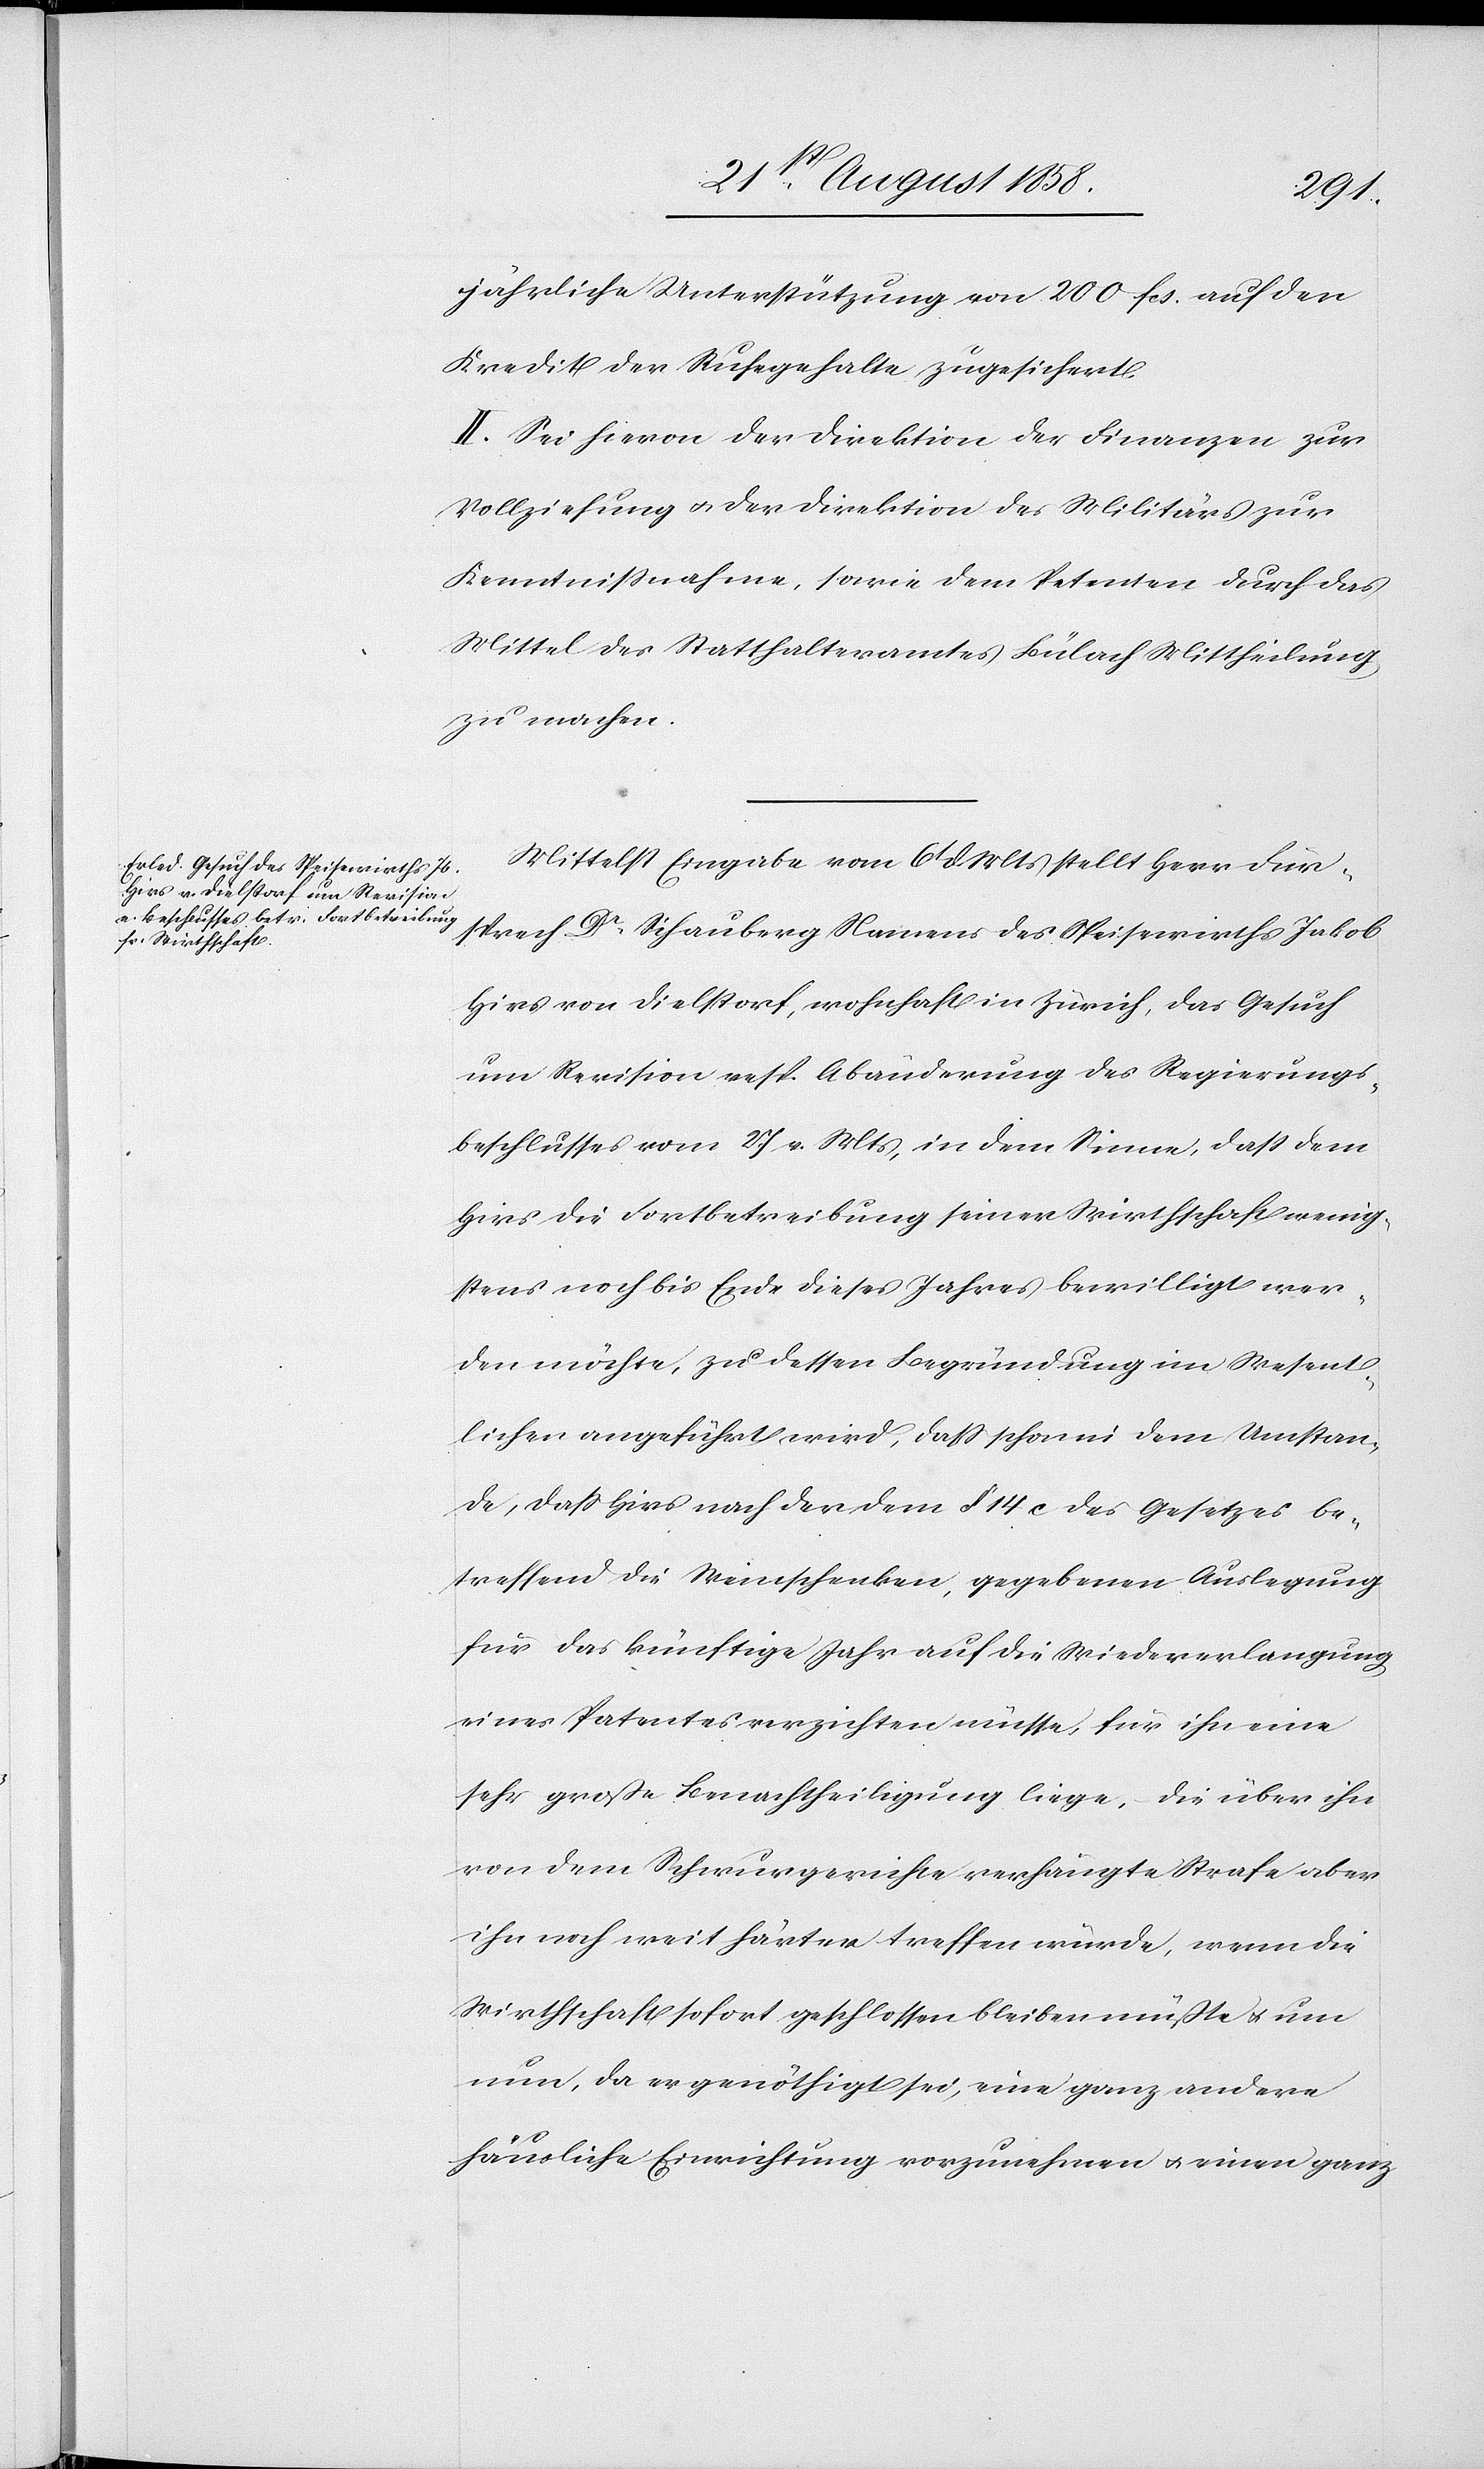
jährliche Unterstützung von 200 fcs. auf den
Kredit der Ruhegehalte zugesichert.
II. Sei hievon der Direktion der Finanzen zur
Vollziehung & der Direktion des Militärs zur
Kenntnissnahme, sowie dem Petenten durch das
Mittel des Statthalteramtes Bülach Mittheilung
zu machen.
Mittelst Eingabe vom 6t d. Mts stellt Herr Fürs¬
prech Dr Schauberg Namens des Speisewirths Jakob
Hirs von Dielstorf, wohnhaft in Zürich, das Gesuch
um Revision resp. Abänderung des Regierungs¬
beschlusses vom 27 v. Mts, in dem Sinne, dass dem
Hirs die Fortbetreibung seiner Wirthschaft wenig¬
stens noch bis Ende dieses Jahres bewilligt wer¬
den möchte, zu dessen Begründung im Wesent¬
lichen angeführt wird, dass schon in dem Umstan¬
de, dass Hirs nach der dem § 14 c des Gesetzes be¬
treffend die Weinschenken, gegebenen Auslegung
für das künftige Jahr auf die Wiedererlangung
eines Patentes verzichten müsse, für ihn eine
sehr große Benachtheiligung liege, die über ihn
von dem Schwurgerichte verhängte Strafe aber
ihn noch weit härter treffen würde, wenn die
Wirthschaft sofort geschlossen bleiben müßte & um
nun, da er genöthigt sei, eine ganz andere
häusliche Einrichtung vorzunehmen & einen ganz